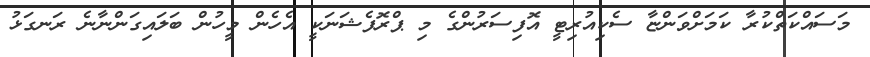
މަސައްކަތްކުރާ ކަމަށްވަންޏާ ސެކިއުރިޓީ އޮފިސަރުންގެ މި ޕްރޮފެޝަނަކީ އެހެން މީހުން ބަލައިގަންނާނެ ރަނގަޅު